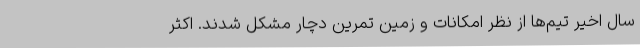
سال اخیر تیم‌ها از نظر امکانات و زمین تمرین دچار مشکل شدند. اکثر